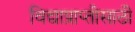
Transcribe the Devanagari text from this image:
विद्याप्राप्तीसाठी